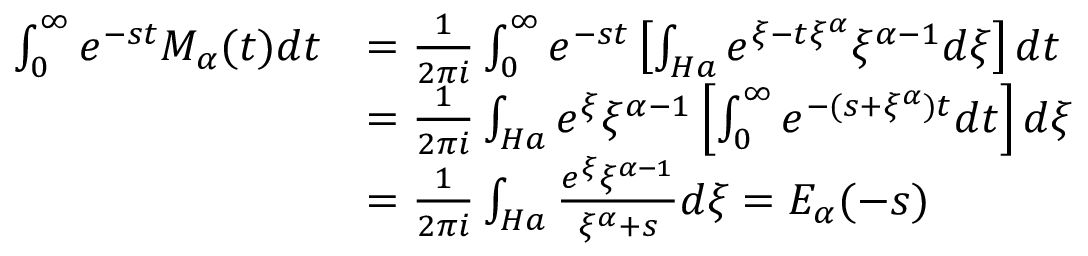
\begin{array} { r l } { \int _ { 0 } ^ { \infty } e ^ { - s t } M _ { \alpha } ( t ) d t } & { = \frac { 1 } { 2 \pi i } \int _ { 0 } ^ { \infty } e ^ { - s t } \left[ \int _ { H a } e ^ { \xi - t \xi ^ { \alpha } } \xi ^ { \alpha - 1 } { d \xi } \right] d t } \\ & { = \frac { 1 } { 2 \pi i } \int _ { H a } e ^ { \xi } \xi ^ { \alpha - 1 } \left[ \int _ { 0 } ^ { \infty } e ^ { - ( s + \xi ^ { \alpha } ) t } d t \right] d \xi } \\ & { = \frac { 1 } { 2 \pi i } \int _ { H a } \frac { e ^ { \xi } \xi ^ { \alpha - 1 } } { \xi ^ { \alpha } + s } d \xi = E _ { \alpha } ( - s ) } \end{array}